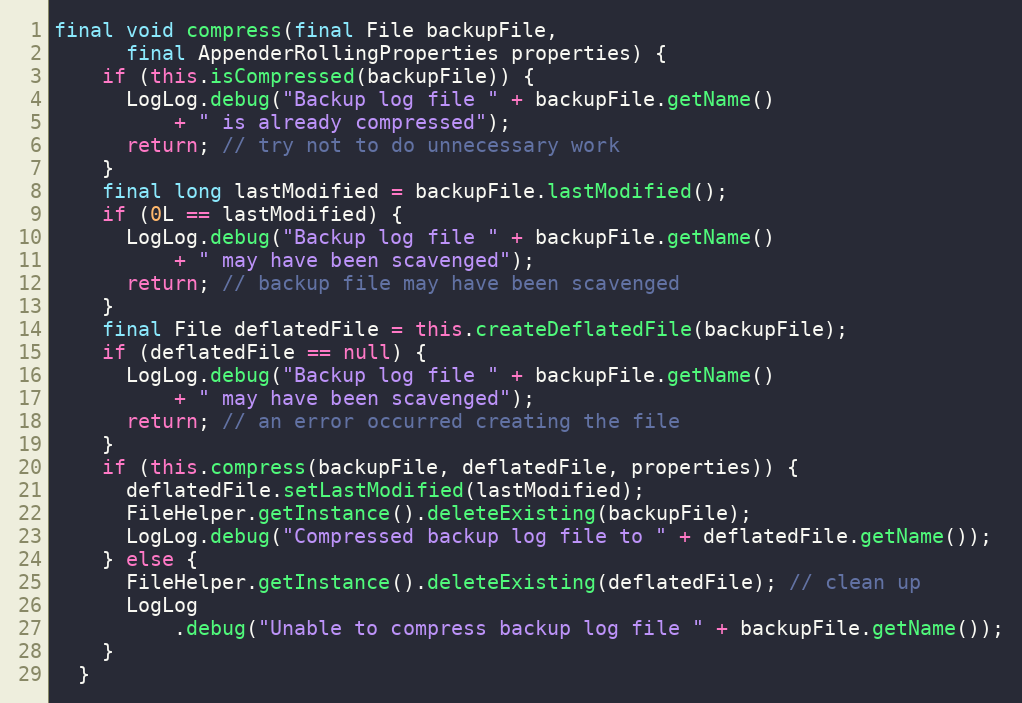
Language: Java
final void compress(final File backupFile,
      final AppenderRollingProperties properties) {
    if (this.isCompressed(backupFile)) {
      LogLog.debug("Backup log file " + backupFile.getName()
          + " is already compressed");
      return; // try not to do unnecessary work
    }
    final long lastModified = backupFile.lastModified();
    if (0L == lastModified) {
      LogLog.debug("Backup log file " + backupFile.getName()
          + " may have been scavenged");
      return; // backup file may have been scavenged
    }
    final File deflatedFile = this.createDeflatedFile(backupFile);
    if (deflatedFile == null) {
      LogLog.debug("Backup log file " + backupFile.getName()
          + " may have been scavenged");
      return; // an error occurred creating the file
    }
    if (this.compress(backupFile, deflatedFile, properties)) {
      deflatedFile.setLastModified(lastModified);
      FileHelper.getInstance().deleteExisting(backupFile);
      LogLog.debug("Compressed backup log file to " + deflatedFile.getName());
    } else {
      FileHelper.getInstance().deleteExisting(deflatedFile); // clean up
      LogLog
          .debug("Unable to compress backup log file " + backupFile.getName());
    }
  }